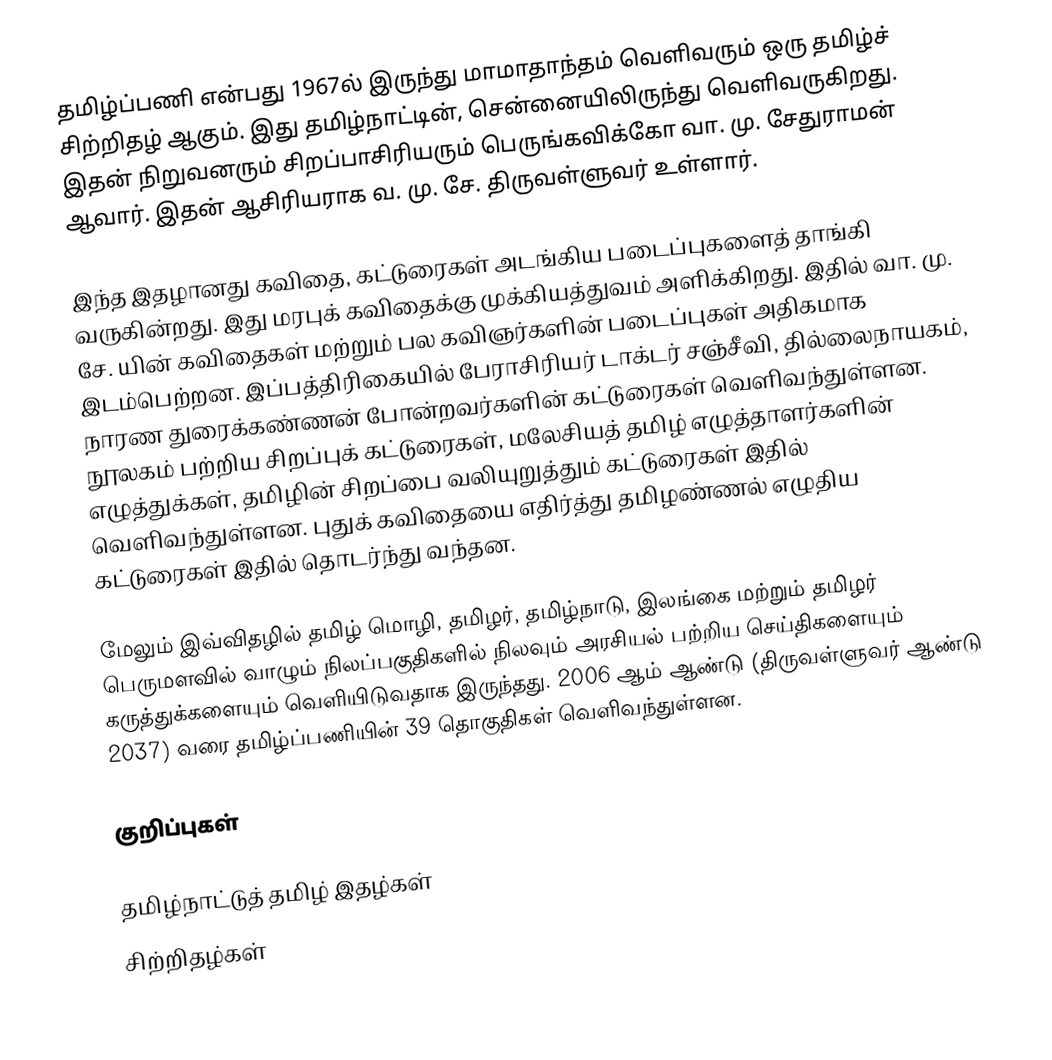
தமிழ்ப்பணி என்பது 1967ல் இருந்து  மாமாதாந்தம் வெளிவரும் ஒரு தமிழ்ச் சிற்றிதழ் ஆகும். இது தமிழ்நாட்டின், சென்னையிலிருந்து வெளிவருகிறது. இதன் நிறுவனரும் சிறப்பாசிரியரும் பெருங்கவிக்கோ வா. மு. சேதுராமன் ஆவார்.  இதன் ஆசிரியராக வ. மு. சே. திருவள்ளுவர் உள்ளார்.

இந்த இதழானது  கவிதை, கட்டுரைகள் அடங்கிய படைப்புகளைத் தாங்கி வருகின்றது. இது மரபுக் கவிதைக்கு முக்கியத்துவம் அளிக்கிறது. இதில் வா. மு. சே. யின் கவிதைகள் மற்றும் பல கவிஞர்களின் படைப்புகள் அதிகமாக இடம்பெற்றன. இப்பத்திரிகையில் பேராசிரியர் டாக்டர் சஞ்சீவி, தில்லைநாயகம், நாரண துரைக்கண்ணன் போன்றவர்களின் கட்டுரைகள் வெளிவந்துள்ளன. நூலகம் பற்றிய சிறப்புக் கட்டுரைகள், மலேசியத் தமிழ் எழுத்தாளர்களின் எழுத்துக்கள், தமிழின் சிறப்பை வலியுறுத்தும் கட்டுரைகள் இதில் வெளிவந்துள்ளன. புதுக் கவிதையை எதிர்த்து தமிழண்ணல் எழுதிய கட்டுரைகள் இதில் தொடர்ந்து வந்தன.

மேலும் இவ்விதழில் தமிழ் மொழி, தமிழர், தமிழ்நாடு, இலங்கை மற்றும் தமிழர் பெருமளவில் வாழும் நிலப்பகுதிகளில் நிலவும் அரசியல் பற்றிய செய்திகளையும் கருத்துக்களையும் வெளியிடுவதாக இருந்தது. 2006 ஆம் ஆண்டு (திருவள்ளுவர் ஆண்டு 2037) வரை தமிழ்ப்பணியின் 39 தொகுதிகள் வெளிவந்துள்ளன.

குறிப்புகள்

தமிழ்நாட்டுத் தமிழ் இதழ்கள்
சிற்றிதழ்கள்